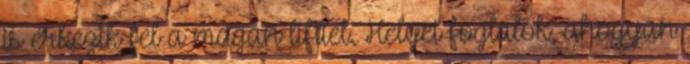
is érkezik fel a magán lifttel. Helyet foglalok, ahogyan